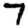
Digit: 7